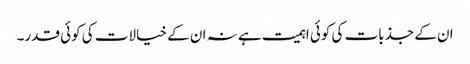
ان کے جذبات کی کوئی اہمیت ہے نہ ان کے خیالات کی کوئی قدر۔